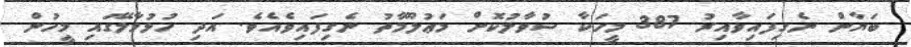
ބަޔާން ނެގިފައިވާއިރު 387 މީހަކާ ސުވާލުކޮށް މަޢުލޫމާތު ނެގިފައިވެއެވެ. އަދި ހުޅުމާލޭގައި މީހުން